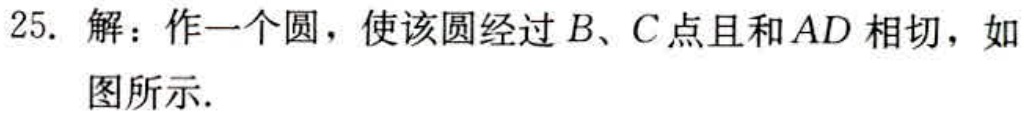
25. 解：作一个圆，使该圆经过\(B\)、\(C\)点且和\(AD\)相切，如图所示.